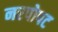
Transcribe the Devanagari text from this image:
नरपोपट